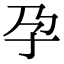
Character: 孕